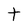
Character: t